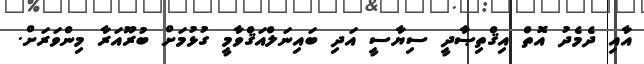
އާއި ދެމެދު އޮތް އިޤްތިޞާދީ ސިޔާސީ އަދި ބައިނަލްއަޤްވާމީ ގުޅުމަށް ބުރޫއަރާ މިންވަރަށް.